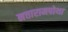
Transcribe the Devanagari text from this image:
नत्तारामपोथा